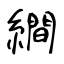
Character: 繝